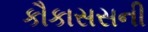
કૌકાસસની